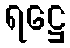
ရဋ္ဌေ